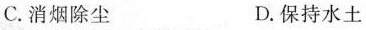
C.消烟除尘 D.保持水土